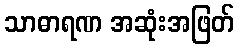
သာဓာရဏ အဆုံးအဖြတ်